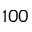
1 0 0